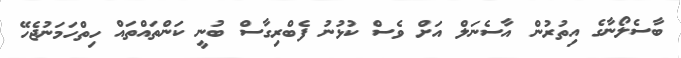
ބާސެލޯނާގެ އިތުރުން އާސެނަލް އަށް ވެސް ކުޅުނު ފެބްރިގާސް ބުނީ ކަންތައްތައް ހިތްހަމަނުޖެހޭ